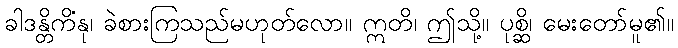
ခါဒန္တိကိံနု၊ ခဲစားကြသည်မဟုတ်လော။ ဣတိ၊ ဤသို့။ ပုစ္ဆိ၊ မေးတော်မူ၏။